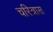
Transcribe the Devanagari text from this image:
चरित्रास